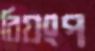
রিয়ংপ